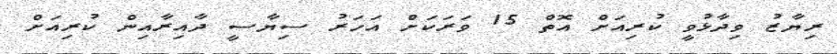
ރިޔާޒު ވިދާޅުވީ ކުރިއަށް އޮތް 15 ވަރަކަށް އަހަރު ސިޔާސީ ދާއިރާއިން ކުރިއަށް